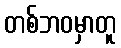
တစ်ဘဝမှာတူ